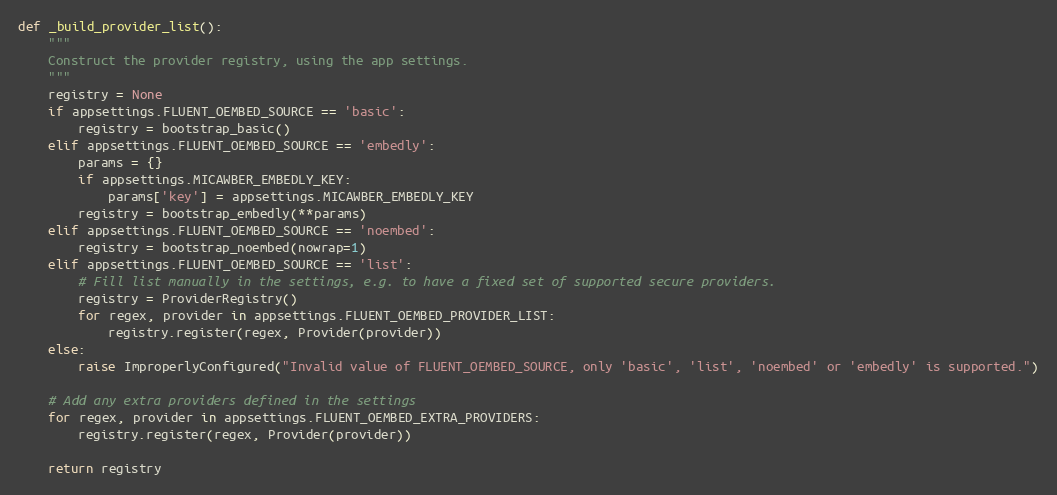
Language: Python
def _build_provider_list():
    """
    Construct the provider registry, using the app settings.
    """
    registry = None
    if appsettings.FLUENT_OEMBED_SOURCE == 'basic':
        registry = bootstrap_basic()
    elif appsettings.FLUENT_OEMBED_SOURCE == 'embedly':
        params = {}
        if appsettings.MICAWBER_EMBEDLY_KEY:
            params['key'] = appsettings.MICAWBER_EMBEDLY_KEY
        registry = bootstrap_embedly(**params)
    elif appsettings.FLUENT_OEMBED_SOURCE == 'noembed':
        registry = bootstrap_noembed(nowrap=1)
    elif appsettings.FLUENT_OEMBED_SOURCE == 'list':
        # Fill list manually in the settings, e.g. to have a fixed set of supported secure providers.
        registry = ProviderRegistry()
        for regex, provider in appsettings.FLUENT_OEMBED_PROVIDER_LIST:
            registry.register(regex, Provider(provider))
    else:
        raise ImproperlyConfigured("Invalid value of FLUENT_OEMBED_SOURCE, only 'basic', 'list', 'noembed' or 'embedly' is supported.")

    # Add any extra providers defined in the settings
    for regex, provider in appsettings.FLUENT_OEMBED_EXTRA_PROVIDERS:
        registry.register(regex, Provider(provider))

    return registry